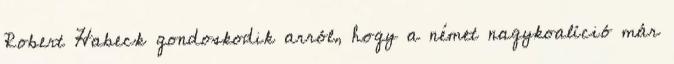
Robert Habeck gondoskodik arról, hogy a német nagykoalíció már